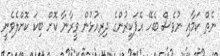
ނެތް ކަމާއި ނުވެސް ބެހޭ އެފަކީރުންގެ ދިރިއުޅުން ވީރާނާ ކޮށް ބިކަ ކޮށްލެވެނީ